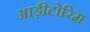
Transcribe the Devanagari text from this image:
आड़ीटोरिम